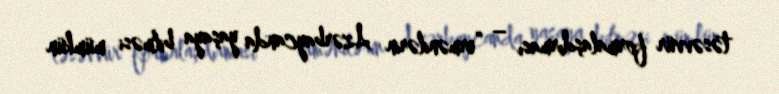
təsəvvür formalaşdırması – “ermənilərin Azərbaycanda yaşaya bilməsi mümkün